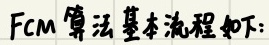
FCM算法基本流程如下: